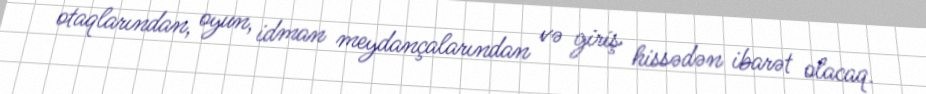
otaqlarından, oyun, idman meydançalarından və giriş hissədən ibarət olacaq.